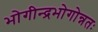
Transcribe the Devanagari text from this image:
भोगीन्द्रभोगोन्नतः